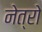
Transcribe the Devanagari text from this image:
नेत्रो